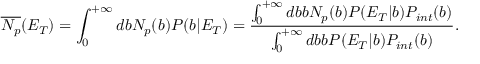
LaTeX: \overline { { { N _ { p } } } } ( E _ { T } ) = \int _ { 0 } ^ { + \infty } d b N _ { p } ( b ) P ( b | E _ { T } ) = \frac { \int _ { 0 } ^ { + \infty } d b b N _ { p } ( b ) P ( E _ { T } | b ) P _ { i n t } ( b ) } { \int _ { 0 } ^ { + \infty } d b b P ( E _ { T } | b ) P _ { i n t } ( b ) } .